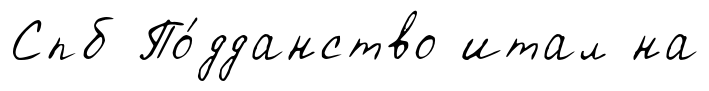
Спб По́дданство итал на